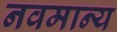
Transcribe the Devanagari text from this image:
नवमान्य